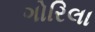
ગોરિલા